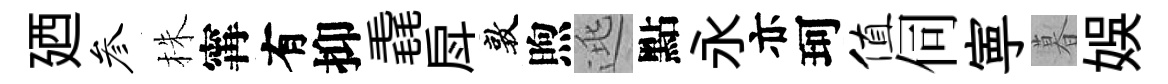
廼参株𡩋有抑毳戽敦煦逃點永亦珂值伺寕暮娱